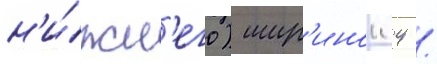
н'и́жн'его) шир'инои 4 /